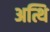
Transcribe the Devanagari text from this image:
अत्थि